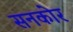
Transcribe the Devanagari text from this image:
सनकोर